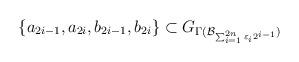
LaTeX: \begin{align*}\{a_{2i-1}, a_{2i}, b_{2i-1}, b_{2i} \} \subset G_{\Gamma( \mathcal{B}_{\sum_{i=1}^{2n} \varepsilon_{i} 2^{i-1}})}\end{align*}